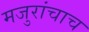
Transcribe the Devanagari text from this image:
मजुरांचाच